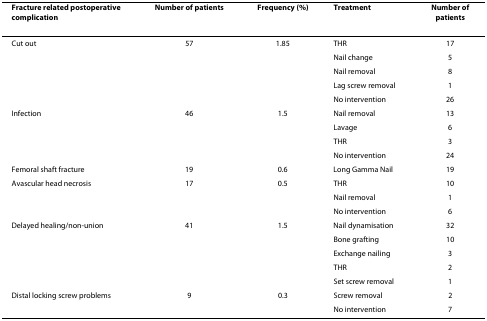
| Fracture related postoperative complication | Number of patients | Frequency (%) | Treatment | Number of patients |
 | --- | --- | --- | --- | --- |
 | Cut out | 57 | 1.85 | THR | 17 |
 |  |  |  | Nail change | 5 |
 |  |  |  | Nail removal | 8 |
 |  |  |  | Lag screw removal | 1 |
 |  |  |  | No intervention | 26 |
 | Infection | 46 | 1.5 | Nail removal | 13 |
 |  |  |  | Lavage | 6 |
 |  |  |  | THR | 3 |
 |  |  |  | No intervention | 24 |
 | Femoral shaft fracture | 19 | 0.6 | Long Gamma Nail | 19 |
 | Avascular head necrosis | 17 | 0.5 | THR | 10 |
 |  |  |  | Nail removal | 1 |
 |  |  |  | No intervention | 6 |
 | Delayed healing/non-union | 41 | 1.5 | Nail dynamisation | 32 |
 |  |  |  | Bone grafting | 10 |
 |  |  |  | Exchange nailing | 3 |
 |  |  |  | THR | 2 |
 |  |  |  | Set screw removal | 1 |
 | Distal locking screw problems | 9 | 0.3 | Screw removal | 2 |
 |  |  |  | No intervention | 7 |